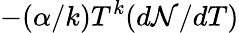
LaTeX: -(\alpha/k)T^{k}(d{\cal N}/dT)